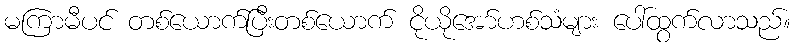
မကြာမီပင် တစ်ယောက်ပြီးတစ်ယောက် ငိုယိုအော်ဟစ်သံများ ပေါ်ထွက်လာသည်။